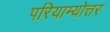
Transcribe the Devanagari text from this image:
परियाम्योत्तर